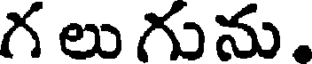
గ లు గును.